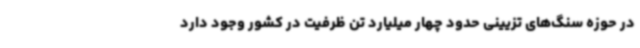
در حوزه سنگ‌های تزیینی حدود چهار میلیارد تن ظرفیت در کشور وجود دارد